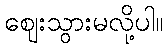
ဈေးသွားမလို့ပါ။